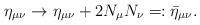
LaTeX: \begin{align*}\eta _{\mu \nu }\rightarrow \eta _{\mu \nu }+2N_\mu N_\nu =:\bar \eta _{\mu\nu}.\end{align*}